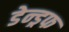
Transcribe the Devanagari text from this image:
डेन्ड्रफ